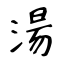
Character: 湯